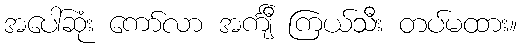
အပေါ်ဆုံး ကော်လာ အင်္ကျီ ကြယ်သီး တပ်မထား။